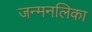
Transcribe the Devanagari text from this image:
जन्मनलिका